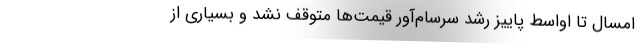
امسال تا اواسط پاییز رشد سرسام‌آور قیمت‌ها متوقف نشد و بسیاری از